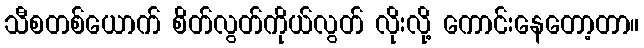
သီစတစ်ယောက် စိတ်လွတ်ကိုယ်လွတ် လိုးလို့ ကောင်းနေတော့တာ။